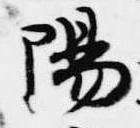
陽